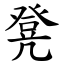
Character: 凳